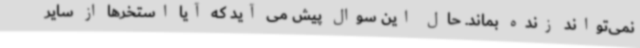
نمی‌تواند زنده بماند. حال این سوال پیش می آید که آیا استخرها از سایر